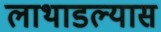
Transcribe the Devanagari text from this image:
लाथाडल्यास